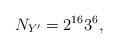
LaTeX: \begin{align*} N_{Y'} = 2^{16}3^6, \end{align*}